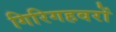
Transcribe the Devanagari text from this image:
गिरिगहवरों